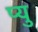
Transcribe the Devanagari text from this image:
प्यु